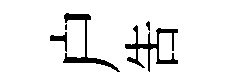
户吿